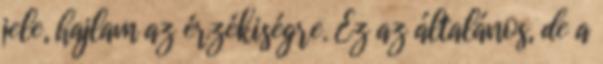
jele, hajlam az érzékiségre. Ez az általános, de a